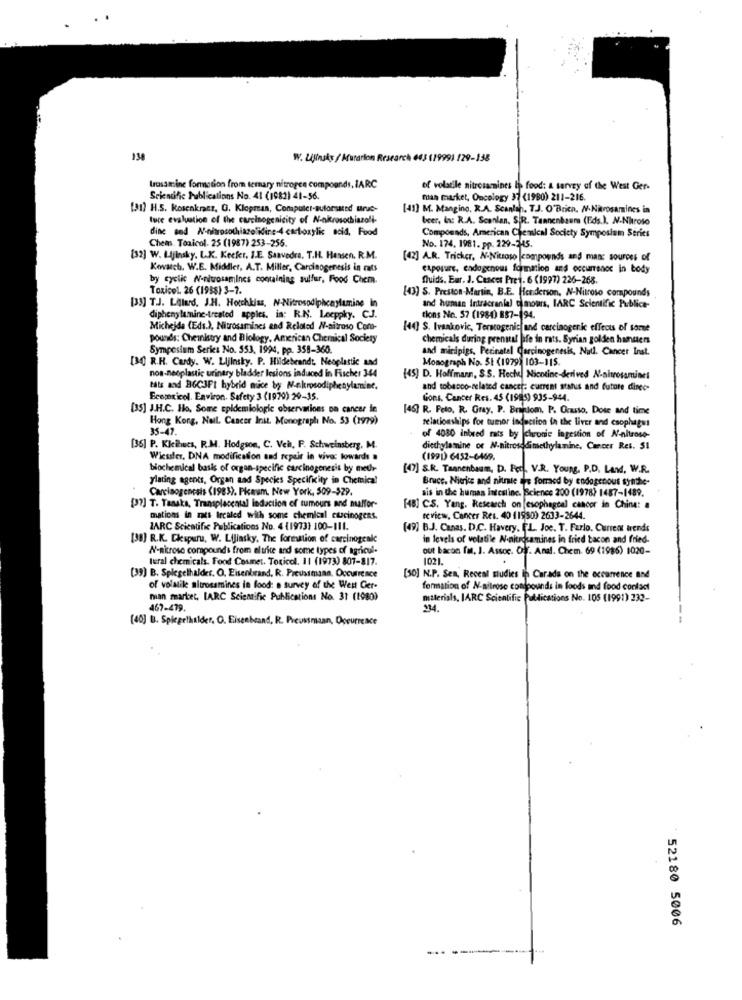
134
W. Ligthsky / Murarion Research 643 (1999) 129-138
trosamine formation from ternary nitrogen compounds, IARC
of volatile nitrosamnines is food: & tarvey of the West Ger-
Scientific Publications No. 41 (1982) 41-56.
man market, Oncology 37 (1980) 211-216.
[31) H.S. Rosenkranz, G. Klopman, Computer-suforsated urve-
[41] M. Mangino, R.A. Scanlan. T.J. O'Brich. N-Nitrosamines in
ture evaluation of the carcinogenicity of N-nkrosothiazoli-
beer, In: R.A. Scanlan, S.R. Tannenbaum (Eds.). N-Nitroso
dine and N-nitrosothiazolidine-4 carboxylic acid, Food
Chems. Toxicol. 25 (1987) 253-256.
Compounds, American Chemical Society Symposium Series
No. 174. 1981. pp. 229-245.
[32] W. LAjinsky. L.K. Keefer. I.E. Saavedra. T.H. Hensen. R.M.
[42] A.R. Tricker. N-Nitroso |compounds and man: sources of
Kovaich. W.E. Middler, A.T. Miller, Carcinogenesis in rats
exposure, endogenous formation ans occurrence in body
by cyclic N-nitrosamines containing sulfur, Food Chem.
Quids, Ear. J. Cesces Pret. 6 (1997) 226-268.
Toxicol. 26 (1988) 3-7.
(43) S. Preston-Martin, B.E. Henderson, N-Nitroso compounds
[33] TJ. LAlard, J.H. Hotchkiss, N-Nitrosodiphcaylamine in
and human Intracranial cimours, IARC Scientific Publice-
diphenylamine-treated apples. in: R.N. Leeppky. CJ.
tions No. 57 (1984) 887-194.
Michejda (Eds.), Nitrosamines and Related N-aitroso Como-
[40] S. Ivankovic, Teratogenic and carcinogenic effects of some
pounds: Chemistry and Biology, American Chemical Society
chemicals during prenatal life in rats. Syrian golden hangers
Symposium Series No. 553, 1994, pp. 358-360.
and miripigs, Perinatal Carcinogenesis, Nud. Cancer Inst.
Monograph No. 51 (1979) 103-115.
[30] R.H. Cardy. W. Lijinsky. P. Hildebrandt, Neoplastic and
non-neoplastic urinary bladder lesions induced in Fischer 344
(45) D. Hoffmann, S.S. Hech, Nicotine-derived N-nitrosaminet
tats and BGC3Ft hybrid mice by Nekrosodiphenylamine.
and tobacco-related cancer: current status and future dinee-
Ecemexicol. Environ. Safety 3 (1970) 20-35.
Gons, Cancer Res. 45 (1983) 935-944.
[35] J.H.C. Ho. Some epidemiologic observations on cancer le
[46] R. Feto, R. Gray, P. Braniom. P. Orasto, Dote and time
Hong Kong, Nell. Cancer Init. Monograph No. 53 (1979)
relationships for tumor induction in the liver and esophagus
35-47.
of 4080 inbred rats by chronie ingestion of N-nitroso-
[35] P. Kleihues, R.M. Hodgson, C. Vehl, F. Schweinsberg, M.
diethylamine or N-nitrosodimethylamine. Cancer Res. 51
Wiessler. DNA modification and repair in vivo: towards .
(1991) 6452-6469.
biochemical basis of organ-specific carcinogenesis by metr-
[47] S.R. Tannenbaum, D. Fed. V.R. Young, P.D. Land, W.R.
ylating agents, Organ and Species Specifkity in Chemical
Bruce. Nicrice and nitric is formed by endogenous synthe-
Carcinogenesis (1985). Picaum. New York, 509-$29.
ais in the human Intestine. Science 200 (1978) 1487-1489.
[37] T. Tanaka, Transplacental induction of tumours and malfor-
[48] CS. Yang. Research on [esophageal cancer in Chine: a
mations in rats Ircaled with some chemical cuscinogens.
review, Cancer Res. 40 11990) 2633-2644.
IARC Scientific Publications No. 4 (1973) 100-111.
(49) B.J. Canas. D.C. Havery, FL. Joe. T. Farlo. Current trends
[30] R.K. Clespuru, W. Lijinsky, The formation of carcinogenle
in levels of volatile N-nitrocamines in fried bacon and fried.
N-nitrose compounds from el trice and some types of agricul-
out bacon f. J. Assoc. Off. Anal. Chem. 69 (1986) 1020-
tural chemicals. Food Cosmet. Toxicol. 11 (1973) 807-817.
1021.
.
[39) B. Spiegelhalder. O. Eisenbrand, R. Preussmann, Occurrence
[30] N.P. Sen, Reveal studies in Carads on the occurrence and
of volatile altrossmines in food: a survey of the West Ger-
formation of N-silrose contpounds in foods and food contact
man market, IARC Scientific Publications No. 31 (1980)
materials, IARC Scientific Publications No. 105 (1991) 233-
467-479.
[40] B. Spiegelhalder, O. Eisenbrand, R. Preussmaan, Opeurrence
52180 5006